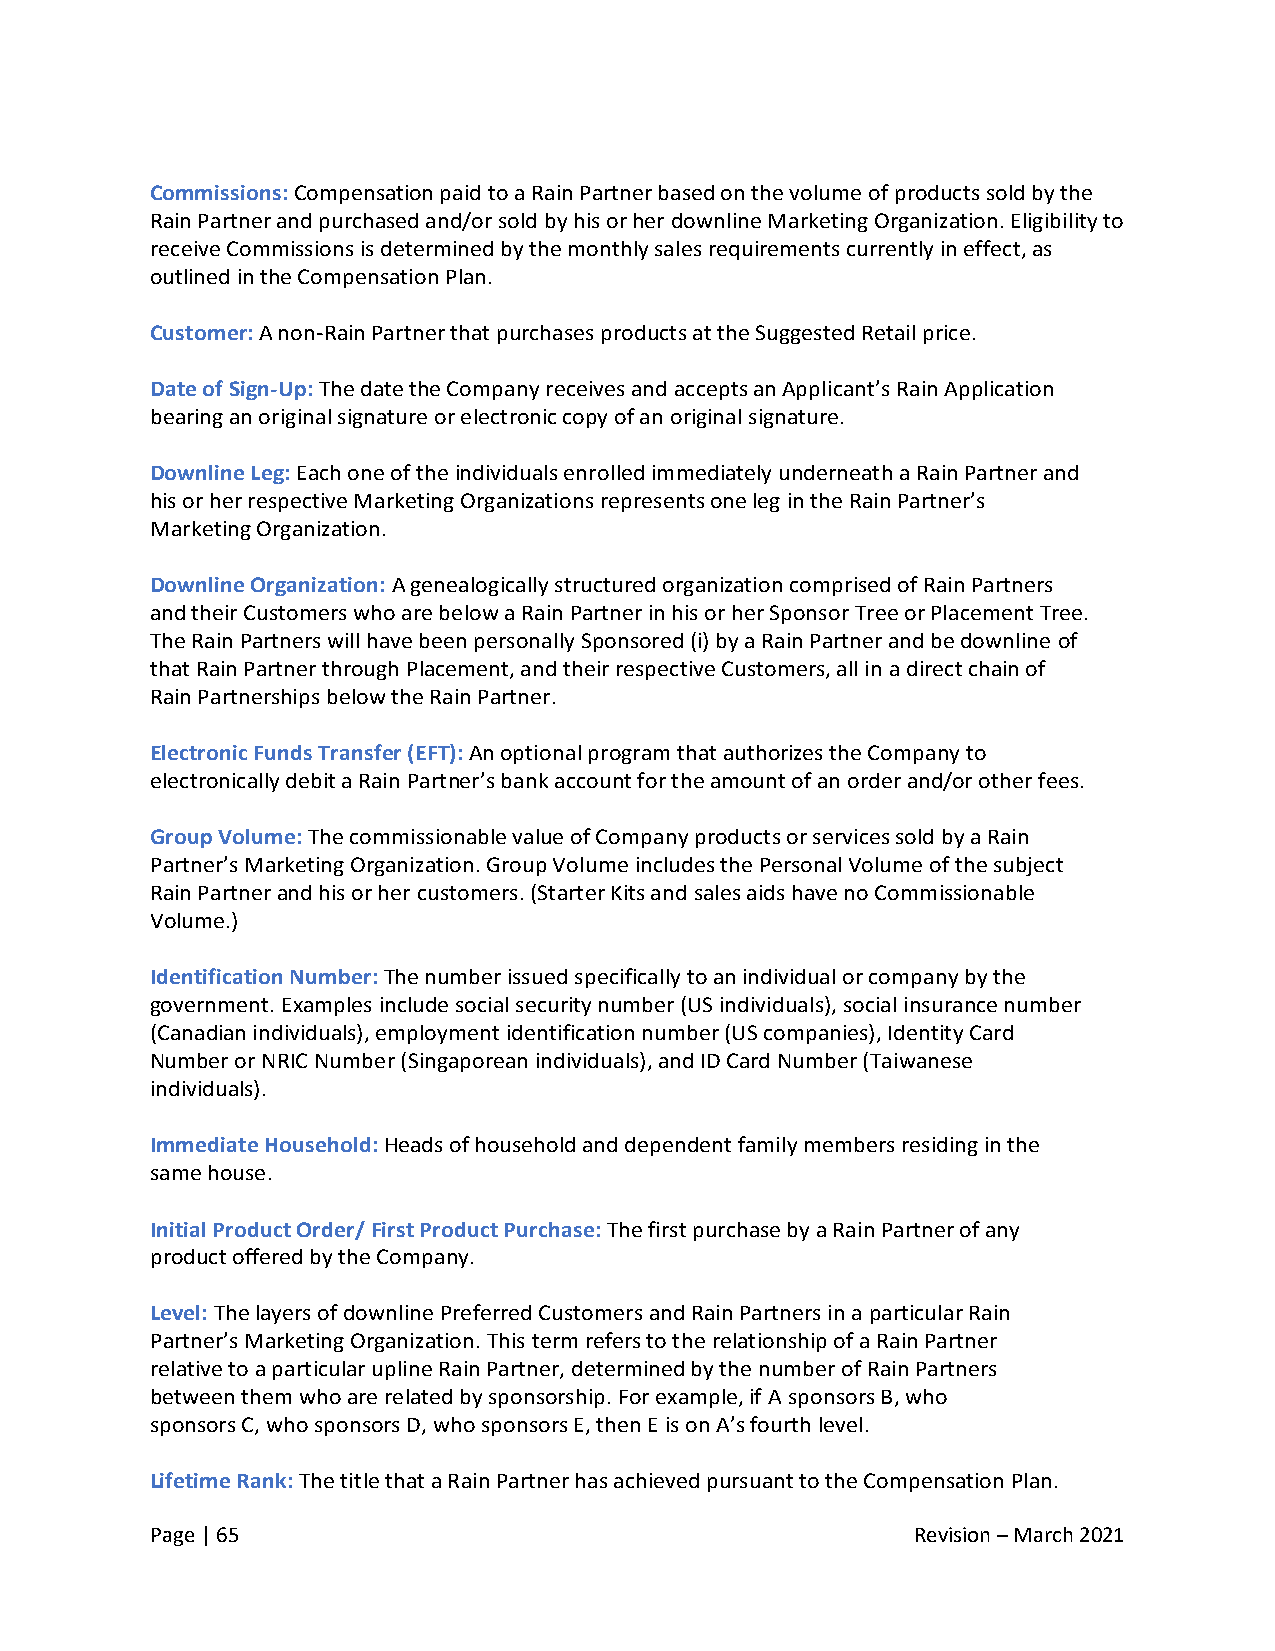
Commissions: Compensation paid to a Rain Partner based on the volume of products sold by the
 Rain Partner and purchased and/or sold by his or her downline Marketing Organization. Eligibility to
 receive Commissions is determined by the monthly sales requirements currently in effect, as
 outlined in the Compensation Plan.
 Customer: A non-Rain Partner that purchases products at the Suggested Retail price.
 Date of Sign-Up: The date the Company receives and accepts an Applicant’s Rain Application
 bearing an original signature or electronic copy of an original signature.
 Downline Leg: Each one of the individuals enrolled immediately underneath a Rain Partner and
 his or her respective Marketing Organizations represents one leg in the Rain Partner’s
 Marketing Organization.
 Downline Organization: A genealogically structured organization comprised of Rain Partners
 and their Customers who are below a Rain Partner in his or her Sponsor Tree or Placement Tree.
 The Rain Partners will have been personally Sponsored (i) by a Rain Partner and be downline of
 that Rain Partner through Placement, and their respective Customers, all in a direct chain of
 Rain Partnerships below the Rain Partner.
 Electronic Funds Transfer (EFT): An optional program that authorizes the Company to
 electronically debit a Rain Partner’s bank account for the amount of an order and/or other fees.
 Group Volume: The commissionable value of Company products or services sold by a Rain
 Partner’s Marketing Organization. Group Volume includes the Personal Volume of the subject
 Rain Partner and his or her customers. (Starter Kits and sales aids have no Commissionable
 Volume.)
 Identification Number: The number issued specifically to an individual or company by the
 government. Examples include social security number (US individuals), social insurance number
 (Canadian individuals), employment identification number (US companies), Identity Card
 Number or NRIC Number (Singaporean individuals), and ID Card Number (Taiwanese
 individuals).
 Immediate Household: Heads of household and dependent family members residing in the
 same house.
 Initial Product Order/ First Product Purchase: The first purchase by a Rain Partner of any
 product offered by the Company.
 Level: The layers of downline Preferred Customers and Rain Partners in a particular Rain
 Partner’s Marketing Organization. This term refers to the relationship of a Rain Partner
 relative to a particular upline Rain Partner, determined by the number of Rain Partners
 between them who are related by sponsorship. For example, if A sponsors B, who
 sponsors C, who sponsors D, who sponsors E, then E is on A’s fourth level.
 Lifetime Rank: The title that a Rain Partner has achieved pursuant to the Compensation Plan.
 Page | 65                                          Revision – March 2021